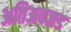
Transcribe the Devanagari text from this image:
अतिअवजड